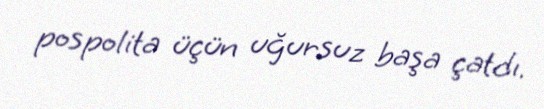
pospolita üçün uğursuz başa çatdı.